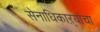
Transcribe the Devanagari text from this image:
सेनाधिकाऱ्यांचा